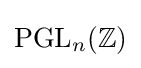
\mathrm {PGL} _{n}(\mathbb {Z} )